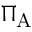
\Pi _ { \mathrm { A } }